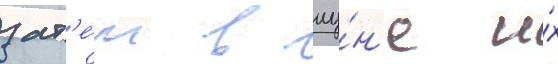
зат'е́м в иу́н'е и́х